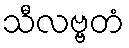
သီလဗ္ဗတံ